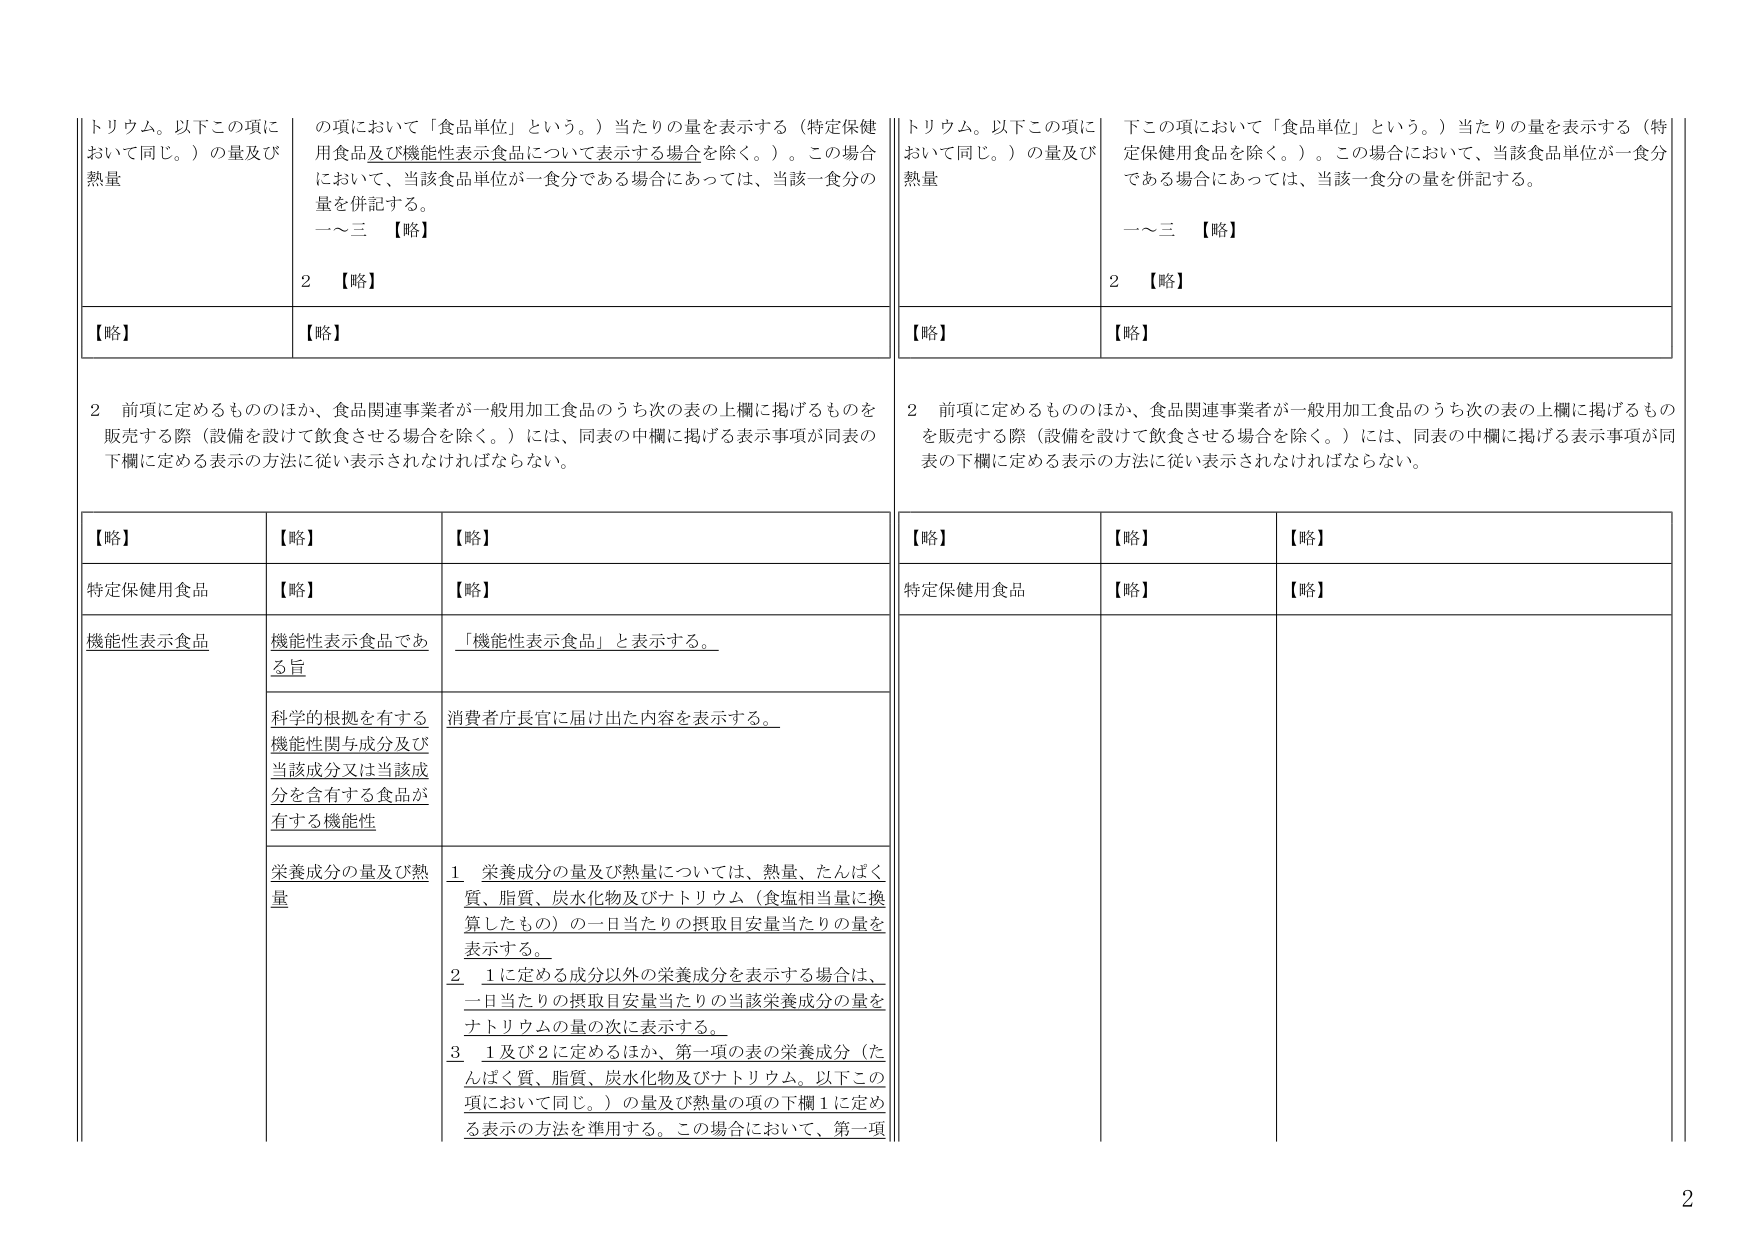
トリウム。以下この項において同じ。）の量及び熱量
の項において「食品単位」という。）当たりの量を表示する（特定保健用食品及び機能性表示食品について表示する場合を除く。）。この場合において、当該食品単位が一食分である場合にあっては、当該一食分の量を併記する。
一～三 【略】
2 【略】
【略】
【略】

2 前項に定めるもののほか、食品関連事業者が一般用加工食品のうち次の表の上欄に掲げるものを販売する際（設備を設けて飲食させる場合を除く。）には、同表の中欄に掲げる表示事項が同表の下欄に定める表示の方法に従い表示されなければならない。

【略】
【略】
【略】
特定保健用食品
【略】
【略】
機能性表示食品
機能性表示食品である旨
「機能性表示食品」と表示する。
科学的根拠を有する機能性関与成分及び当該成分又は当該成分を含有する食品が有する機能性
消費者庁長官に届け出た内容を表示する。
栄養成分の量及び熱量
1 栄養成分の量及び熱量については、熱量、たんぱく質、脂質、炭水化物及びナトリウム（食塩相当量に換算したもの）の一日当たりの摂取目安量当たりの量を表示する。
2 1に定める成分以外の栄養成分を表示する場合は、一日当たりの摂取目安量当たりの当該栄養成分の量をナトリウムの量の次に表示する。
3 1及び2に定めるほか、第一項の表の栄養成分（たんぱく質、脂質、炭水化物及びナトリウム。以下この項において同じ。）の量及び熱量の項の下欄1に定める表示の方法を準用する。この場合において、第一項

トリウム。以下この項において同じ。）の量及び熱量
下この項において「食品単位」という。）当たりの量を表示する（特定保健用食品を除く。）。この場合において、当該食品単位が一食分である場合にあっては、当該一食分の量を併記する。
一～三 【略】
2 【略】
【略】
【略】

2 前項に定めるもののほか、食品関連事業者が一般用加工食品のうち次の表の上欄に掲げるものを販売する際（設備を設けて飲食させる場合を除く。）には、同表の中欄に掲げる表示事項が同表の下欄に定める表示の方法に従い表示されなければならない。

【略】
【略】
【略】
特定保健用食品
【略】
【略】

2